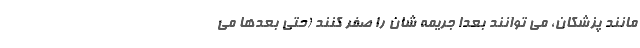
مانند پزشکان، می توانند بعداً جریمه شان را صفر کنند (حتی بعدها می